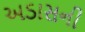
અડાસની